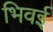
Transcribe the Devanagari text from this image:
भिवई